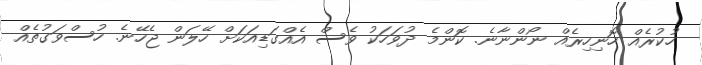
ހުކުރެއް ހޮނިހިރެއް ނޯންނާނެ. ކޮންމެ ދުވަހަކު ވެސް އެއްގަޑިއަކަށް ހޭލަން ޖެހޭނެ. ހުސްވަގުތެއް